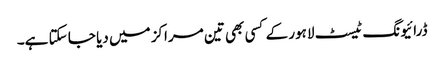
ڈرائیونگ ٹیسٹ لاہور کے کسی بھی تین مراکز میں دیا جا سکتا ہے۔